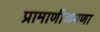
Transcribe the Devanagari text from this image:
प्रामाणीकपणा